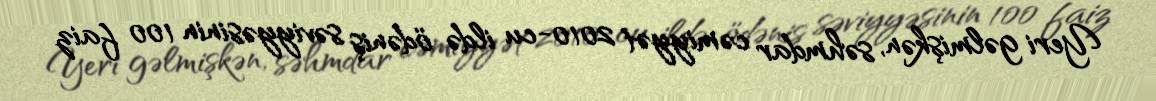
Yeri gəlmişkən, səhmdar cəmiyyət 2010-cu ildə ödəniş səviyyəsinin 100 faiz